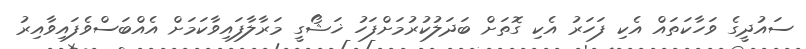
ސައުދީގެ ވަހާކަތައް އެކި ފަހަރު އެކި ގޮތަށް ބަދަލުކުރުމަށްފަހު ޚަޝޯގީ މަރާލާފައިވާކަމަށް އެއްބަސްވެފައިވާއިރު